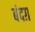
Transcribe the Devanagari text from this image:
बंदग़